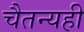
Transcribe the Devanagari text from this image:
चैतन्यही